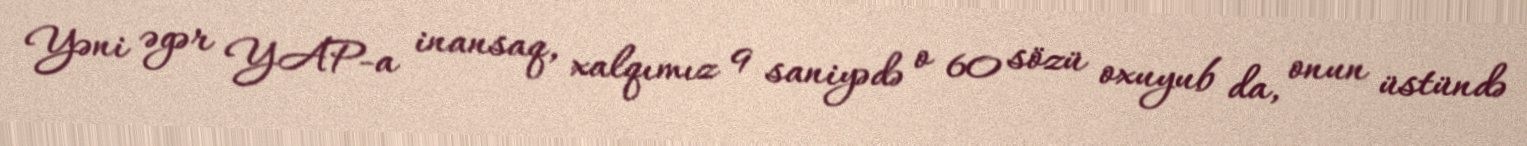
Yəni əgər YAP-a inansaq, xalqımız 9 saniyədə o 60 sözü oxuyub da, onun üstündə